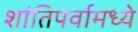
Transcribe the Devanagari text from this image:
शांतिपर्वामध्ये